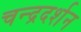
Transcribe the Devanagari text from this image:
चन्द्रदर्शन